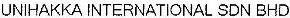
UNIHAKKA INTERNATIONAL SDN BHD